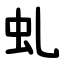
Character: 虬